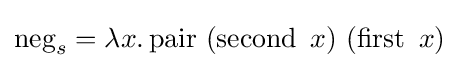
\operatorname {neg} _{s}=\lambda x.\operatorname {pair} \ (\operatorname {second} \ x)\ (\operatorname {first} \ x)